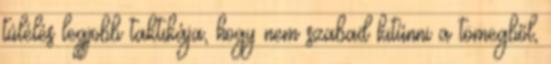
túlélés legjobb taktikája, hogy nem szabad kitűnni a tömegből,